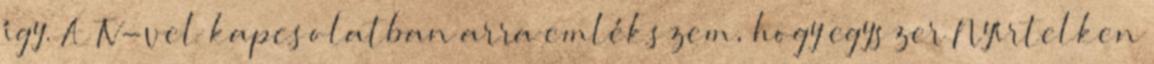
így. A TV-vel kapcsolatban arra emlékszem, hogy egyszer Nyírtelken